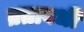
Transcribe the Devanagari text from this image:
व्रतावधी